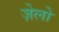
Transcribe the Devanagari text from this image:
ज़ेलो